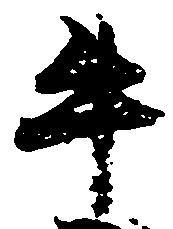
牛